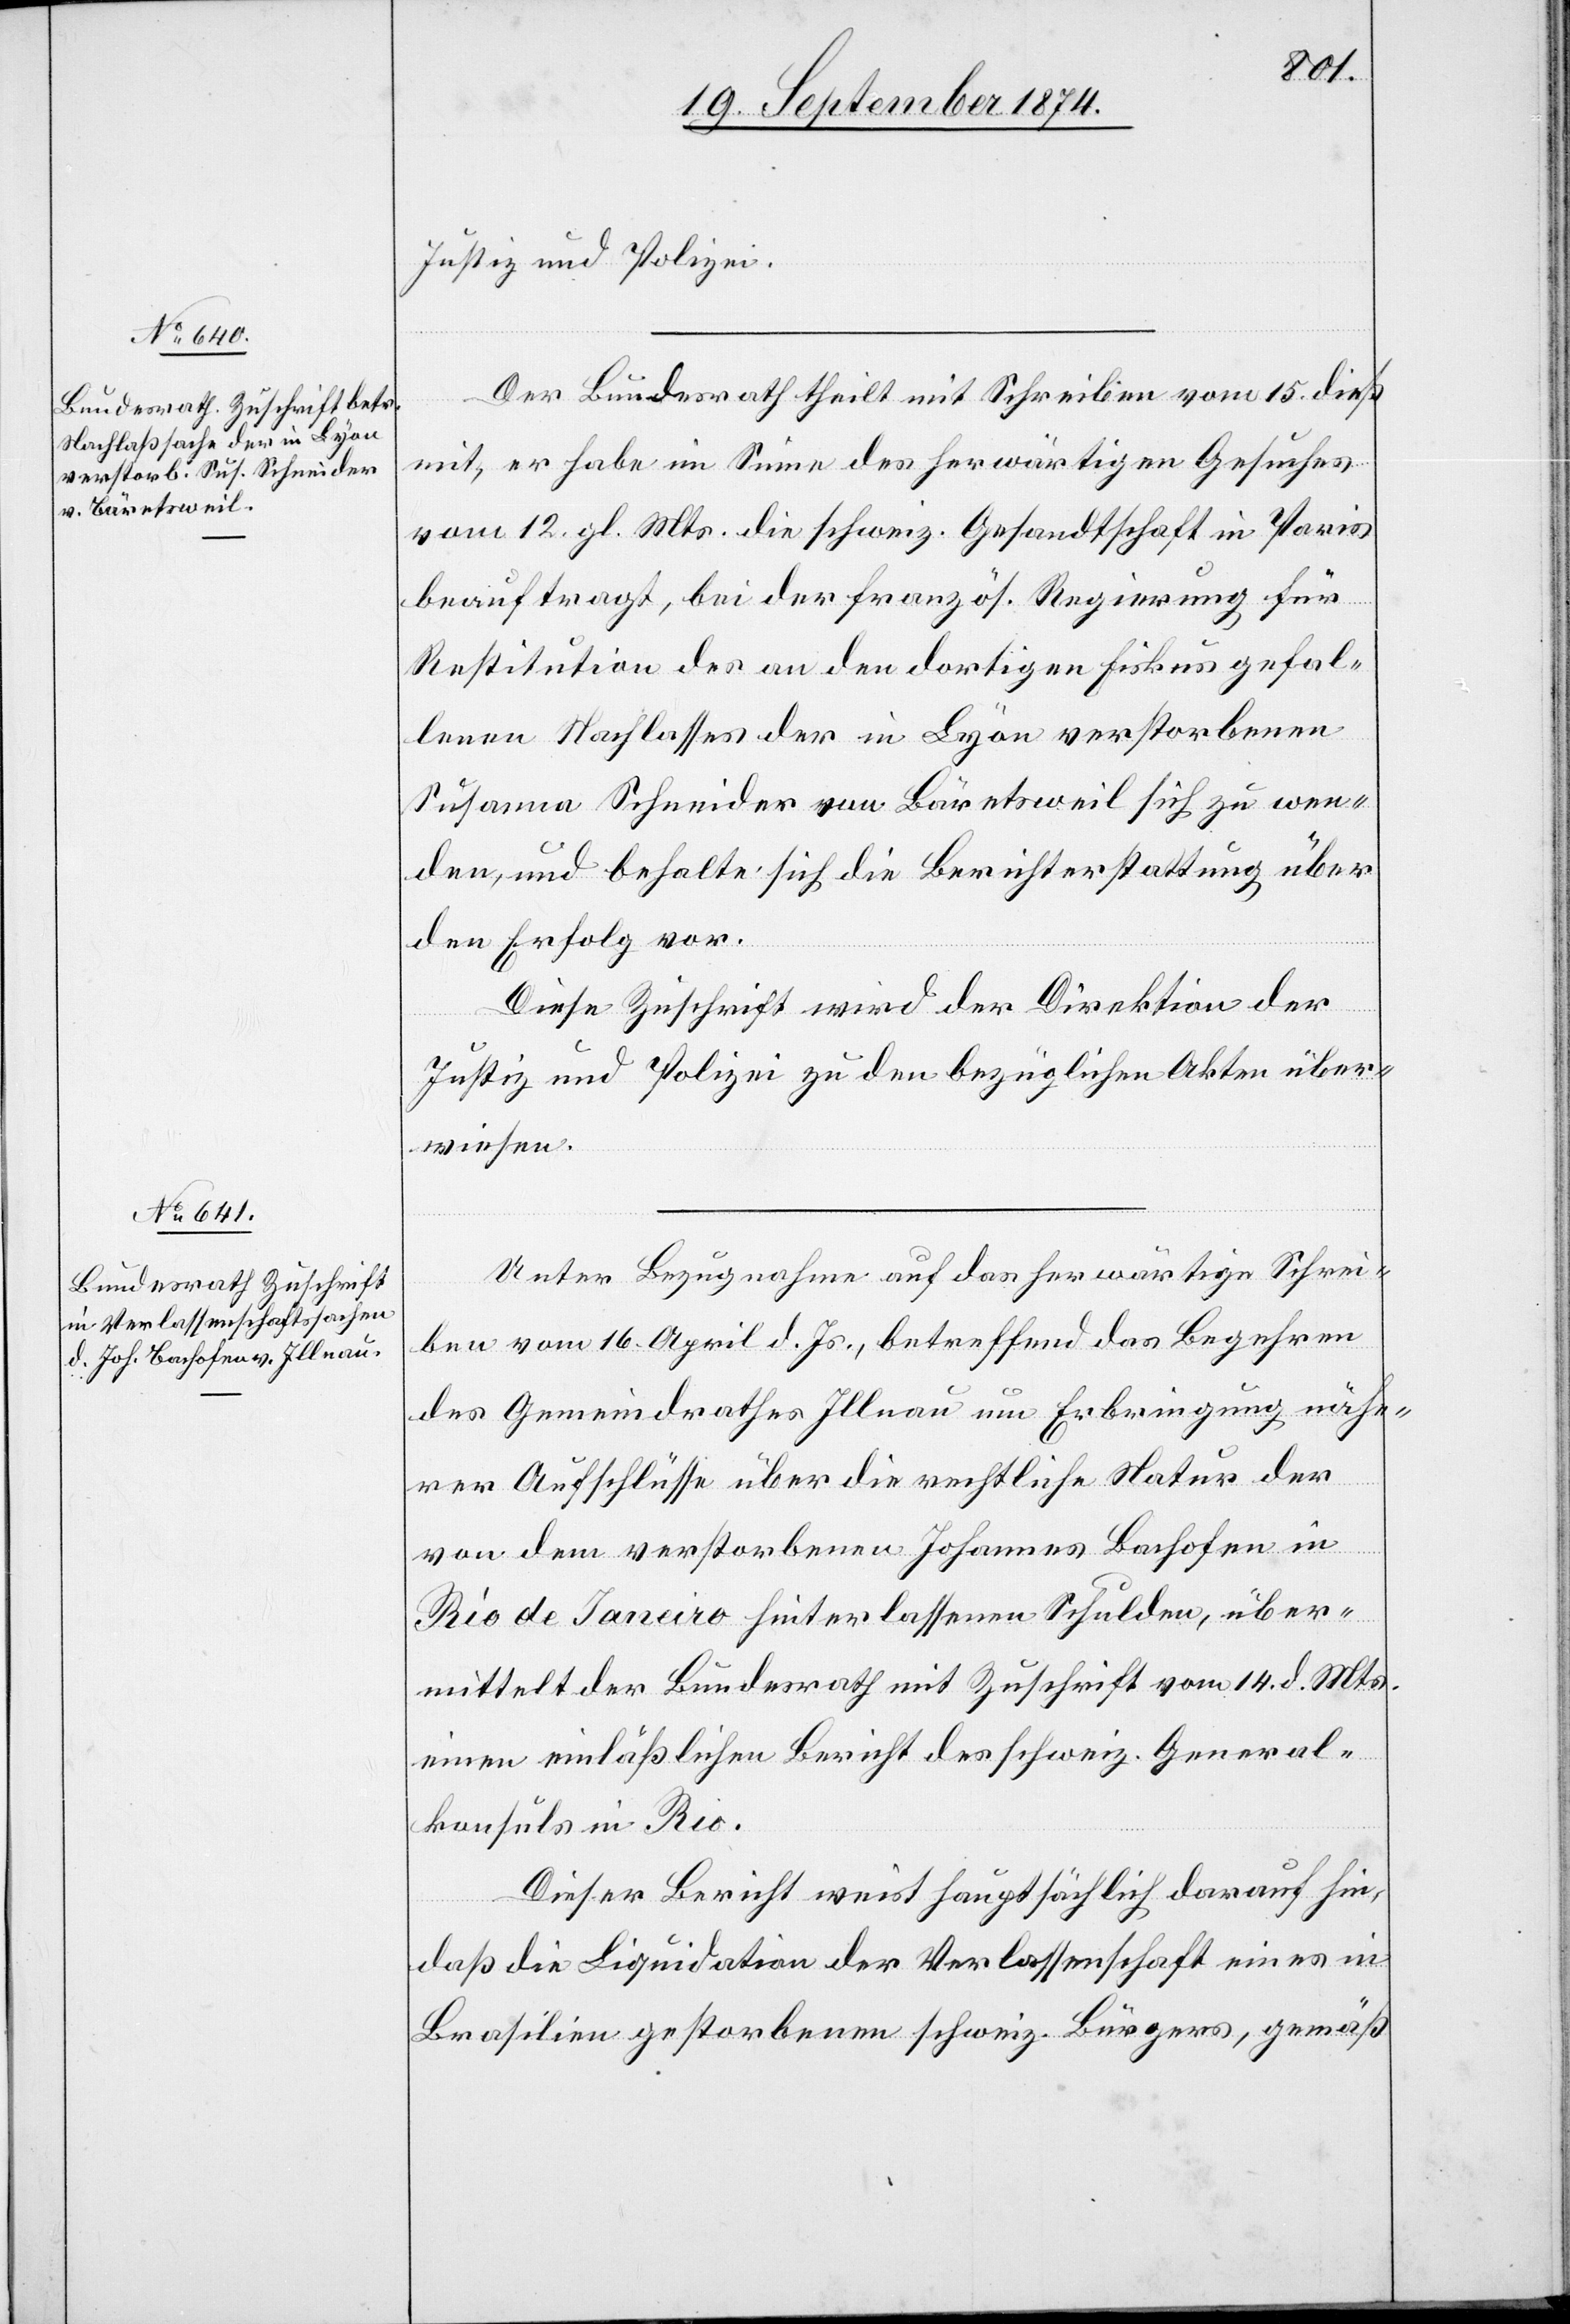
19. September 1874.]
Justiz und Polizei.
Der Bundesrath theilt mit Schreiben vom 15. dieß
mit, er habe im Sinne des herwärtigen Gesuches
vom 12. gl. Mts. die schweiz. Gesandtschaft in Paris
beauftragt, bei der französ. Regierung für
Restitution des an den dortigen Fiskus gefal¬
lenen Nachlasses der in Lyon verstorbenen
Susanna Schneider von Bäretsweil sich zu wen¬
den, und behalte sich die Berichterstattung über
den Erfolg vor.
Diese Zuschrift wird der Direktion der
Justiz und Polizei zu den bezüglichen Akten über¬
wiesen.
Unter Bezugnahme auf das herwärtige Schrei¬
ben vom 16. April d. Js., betreffend das Begehren
des Gemeindrathes Illnau um Erbringung nähe¬
rer Aufschlüsse über die rechtliche Natur der
von dem verstorbenen Johannes Bachofen in
Rio de Janeiro hinterlassenen Schulden, über¬
mittelt der Bundesrath mit Zuschrift vom 14. d. Mts.
einen einläßlichen Bericht des schweiz. General¬
konsuls in Rio.
Dieser Bericht weist hauptsächlich darauf hin,
daß die Liquidation der Verlassenschaft eines in
Brasilien gestorbenen schweiz. Bürgers, gemäß